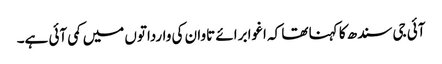
آئی جی سندھ کا کہنا تھا کہ اغوا برائے تاوان کی وارداتوں میں کمی آئی ہے۔